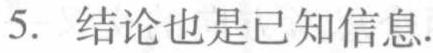
5. 结论也是已知信息.